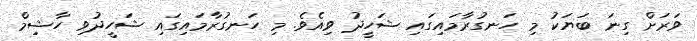
ވަރަށް ގިނަ ބަޔަކު މި ހަނގުރާމައިގައި ޝަހީދު ވިއެވެ. މި ހަނގުރާމައިގައި ޝަހީދުވި ހާޝިމް